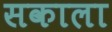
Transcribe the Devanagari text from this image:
सकाला